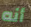
أنه